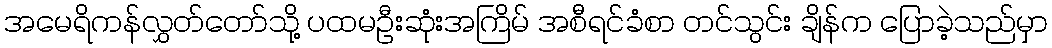
အမေရိကန်လွှတ်တော်သို့ ပထမဦးဆုံးအကြိမ် အစီရင်ခံစာ တင်သွင်း ချိန်က ပြောခဲ့သည်မှာ